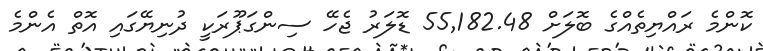
ކޮންމެ ރައްޔިތެއްގެ ބޮލަށް 55